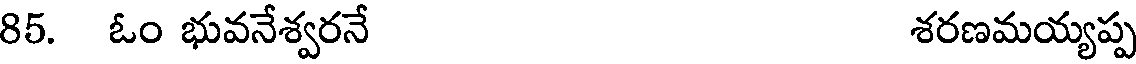
85. ఓం భువనేశ్వరనే శరణమయ్యప్ప